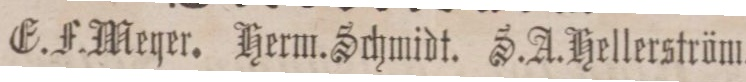
E. J. Meyer. Herm. Schmidt. S. A. Hellerström.